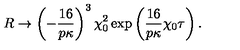
R \rightarrow \left( - \frac { 1 6 } { p \kappa } \right) ^ { 3 } \chi _ { 0 } ^ { 2 } \exp \left( \frac { 1 6 } { p \kappa } \chi _ { 0 } \tau \right) .